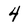
Character: 4